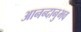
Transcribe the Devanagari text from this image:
आनन्दानुभव